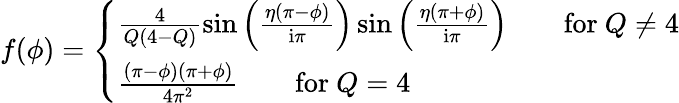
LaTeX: f(\phi)=\left\{ \begin{array}{ll}{\frac{4}{Q(4-Q)}\sin\left(\frac{\eta(\pi-\phi)}{\mathrm{i}\pi}\right)\sin\left(\frac{\eta(\pi+\phi)}{\mathrm{i}\pi}\right)\qquad\mathrm{for}~Q\neq 4}\\ {\frac{(\pi-\phi)(\pi+\phi)}{4\pi^{2}}\qquad\mathrm{for}~Q=4}\end{array}\right.